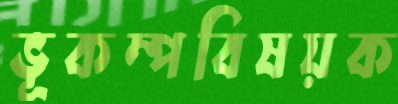
ভূকম্পবিষয়ক